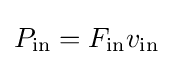
P_{\text{in}}=F_{\text{in}}v_{\text{in}}\!